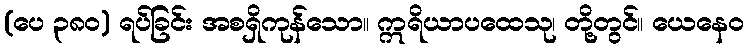
(ပေ ၃၈၀) ရပ်ခြင်း အစရှိကုန်သော။ ဣရိယာပထေသု၊ တို့တွင်။ ယေနေဝ